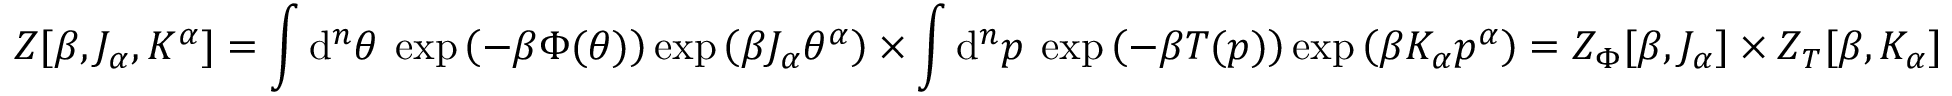
Z [ \beta , J _ { \alpha } , K ^ { \alpha } ] = \int \mathrm { d } ^ { n } \theta \: \exp \left( - \beta \Phi ( \theta ) \right) \exp \left( \beta J _ { \alpha } \theta ^ { \alpha } \right) \times \int \mathrm { d } ^ { n } p \: \exp \left( - \beta T ( p ) \right) \exp \left( \beta K _ { \alpha } p ^ { \alpha } \right) = Z _ { \Phi } [ \beta , J _ { \alpha } ] \times Z _ { T } [ \beta , K _ { \alpha } ]